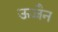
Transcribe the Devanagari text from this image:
ऊज्जैन